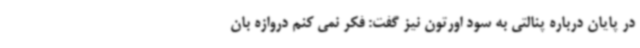
در پایان درباره پنالتی به سود اورتون نیز گفت: فکر نمی کنم دروازه بان